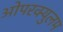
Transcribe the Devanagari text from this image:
ओपरक्युलम